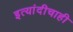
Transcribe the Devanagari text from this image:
इत्यांदीचाही